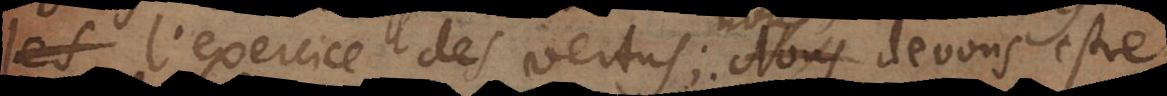
les l’exercice des vertus; nous devons estre